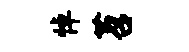
悼苕